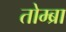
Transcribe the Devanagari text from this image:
तोम्ब्रा